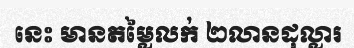
នេះ មានតម្លៃលក់ ២លានដុល្លារ